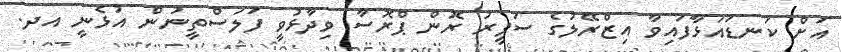
އަށް ކަނޑައަޅާފައިވާ އިޒްރޭލުގެ ސަފީރު ރޮން ޕްރޮސާ ވިދާޅުވީ ފަލަސްތީނުން އުޅެނީ އދ.